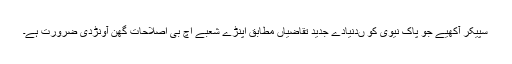
سپیکر آکھیے جو پاک نیوی کو ںدنیادے جدید تقاضیاں مطابق اپنڑے شعبے اچ بی اصلاحات گھن آونڑدی ضرورت ہے۔